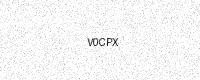
Text: V0CPX